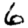
Digit: 6